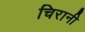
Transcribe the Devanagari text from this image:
चिरानी